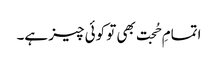
اتمامِ حُجت بھی تو کوئی چیز ہے۔